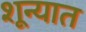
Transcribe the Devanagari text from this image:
शून्यात